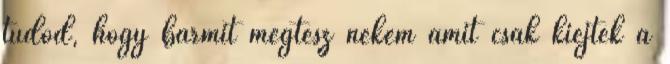
tudod, hogy bármit megtesz nekem amit csak kiejtek a